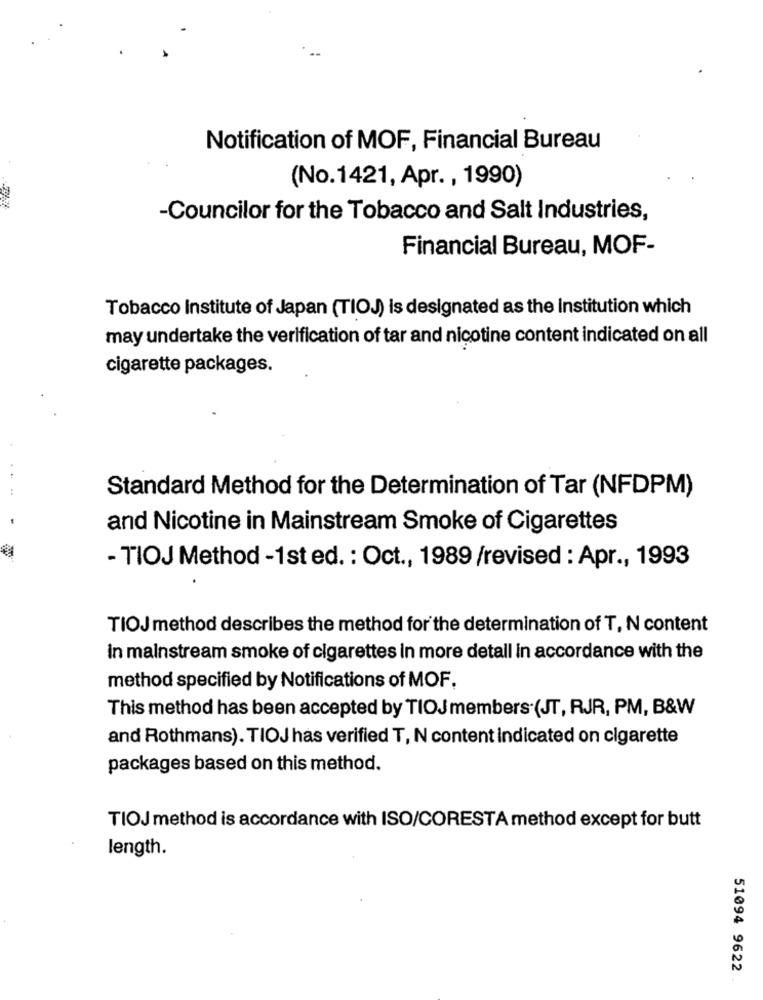
Notification of MOF, Financial Bureau
(No.1421, Apr. , 1990)
-Councilor for the Tobacco and Salt Industries,
Financial Bureau, MOF-
Tobacco Institute of Japan (TIOJ) is designated as the Institution which
may undertake the verification of tar and nicotine content indicated on all
cigarette packages.
Standard Method for the Determination of Tar (NFDPM)
and Nicotine in Mainstream Smoke of Cigarettes
- TIOJ Method -1st ed. : Oct ., 1989 /revised : Apr ., 1993
TIOJ method describes the method for the determination of T, N content
in mainstream smoke of cigarettes in more detail in accordance with the
method specified by Notifications of MOF.
This method has been accepted by TIOJ members.(JT, RJR, PM, B&W
and Rothmans). TIOJ has verified T, N content indicated on cigarette
packages based on this method.
TIOJ method is accordance with ISO/CORESTA method except for butt
length.
51094 9622